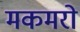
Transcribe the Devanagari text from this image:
मकमरो